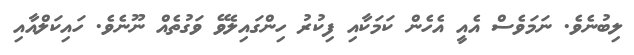
ލިބުނެވެ. ނަމަވެސް އެއީ އެހެން ކަމަކާއި ފިކުރު ހިންގައިލެވޭ ވަގުތެއް ނޫނެވެ. ހައިކަލްއާއި